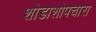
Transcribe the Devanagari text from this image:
शोडाशोपचारा